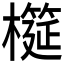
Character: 𱤨